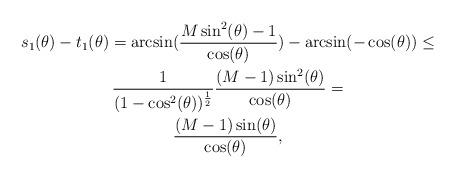
LaTeX: \begin{align*} \begin{gathered}s_{1}(\theta) -t_{1}(\theta)=\arcsin(\frac{M\sin^2(\theta)-1}{\cos(\theta)}) -\arcsin(-\cos(\theta)) \leq \\ \frac{1}{(1-\cos^2(\theta))^{\frac{1}{2}}}\frac{(M-1)\sin^{2}(\theta)}{\cos(\theta)}= \\ \frac{(M-1)\sin(\theta)}{\cos(\theta)},\end{gathered}\end{align*}